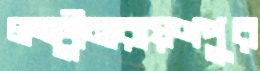
লক্ষ্মীনারায়ণপুর